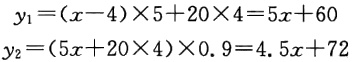
$y_{1}=(x - 4)\times5 + 20\times4 = 5x + 60$
$y_{2}=(5x + 20\times4)\times0.9 = 4.5x + 72$